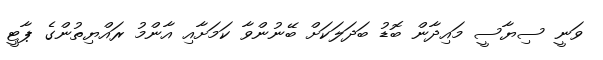
ވަނީ ސިޔާސީ މައިދާން ބޮޑު ބަދަލަކަށް ބޭނުންވާ ކަމަށާއި އާންމު ރައްޔިތުންގެ ޕާޓީ